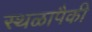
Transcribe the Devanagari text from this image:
स्थळापैकी